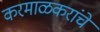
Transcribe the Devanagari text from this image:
करमाळकरांचे